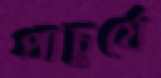
প্রাচুর্যে